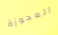
العجوزة